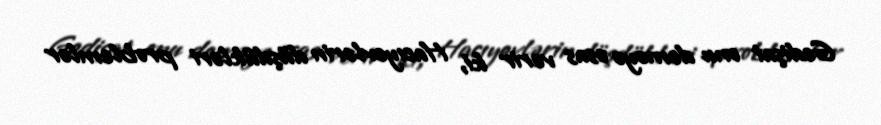
Gedişat onu deməyə əsas verir ki, Hacıyevlərin düşdükləri problemlər